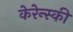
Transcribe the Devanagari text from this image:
केरेन्स्की